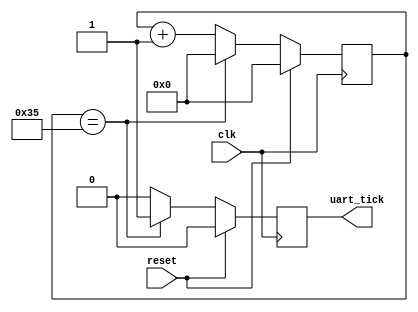
module uart_baudrate_generator #(parameter divisior = 54) // # 100Mhz / (16 * Baudrate) (Baudrate = 115200)
    (  
    input clk, reset,
    output reg uart_tick = 1'b0
    );
    
    reg [5:0] counter = 6'b0;
    
    always@ (posedge clk) begin
        if (reset) begin
            counter <= 6'b0;
            uart_tick <= 1'b0; 
        end            
        else if (counter == divisior - 1) begin
            counter <= 6'b0;
            uart_tick <= 1'b1;
        end
        else begin
            counter <= counter + 6'b1;
            uart_tick <= 1'b0;                
        end                                                   
    end
    
endmodule